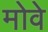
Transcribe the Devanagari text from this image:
मोवे